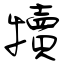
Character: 犢